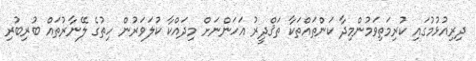
ދިރިއުޅުމުގައި ކުރިމަތިވަމުންމިދާ ކަންތައްތަކާ ތަޤްދީރު އަހަންނަށް މިދައްކާ ކުލަވަރުން ހިތުގެ ލޭނާރުތައް ބުރިބުރި